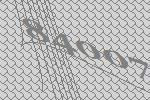
84007